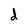
Character: d